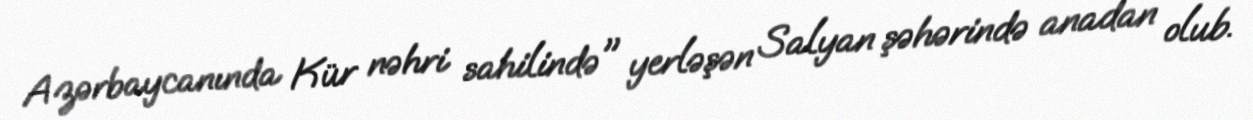
Azərbaycanında Kür nəhri sahilində" yerləşən Salyan şəhərində anadan olub.